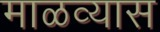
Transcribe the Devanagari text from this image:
माळव्यास